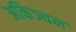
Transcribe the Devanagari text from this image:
अकिञ्चन